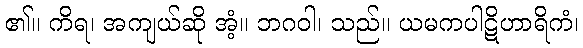
၏။ ကိရ၊ အကျယ်ဆို အံ့။ ဘဂဝါ၊ သည်။ ယမကပါဋိဟာရိကံ၊